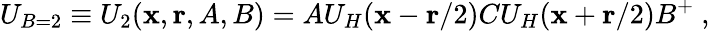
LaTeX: U_{B=2}\equiv U_{2}({\mathbf x},{\mathbf r},A,B)=AU_{H}({\mathbf x}-{\mathbf r}/2)CU_{H}({\mathbf x}+{\mathbf r}/2)B^{+}~,